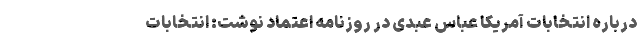
درباره انتخابات آمریکا عباس عبدی در روزنامه اعتماد نوشت: انتخابات